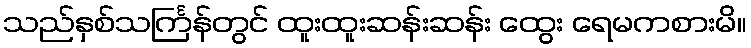
သည်နှစ်သင်္ကြန်တွင် ထူးထူးဆန်းဆန်း ထွေး ရေမကစားမိ။